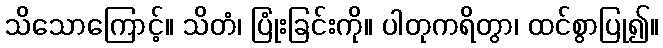
သိသောကြောင့်။ သိတံ၊ ပြုံးခြင်းကို။ ပါတုကရိတွာ၊ ထင်စွာပြု၍။